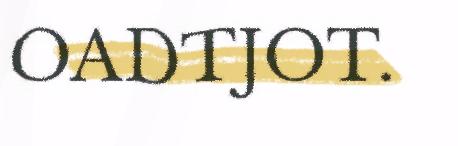
OADTJOT.